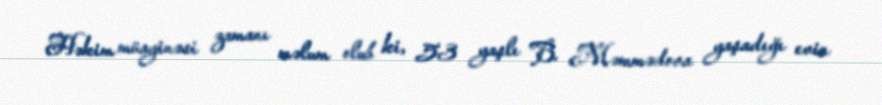
Həkim müayinəsi zamanı məlum olub ki, 53 yaşlı B. Məmmədova yaşadığı evin